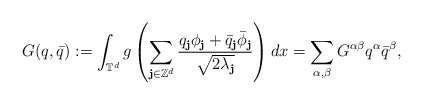
\begin{align*}G(q,\bar q):=\int_{\mathbb{T}^d}g\left(\sum_{\textbf{j}\in\mathbb{Z}^d}\frac{q_\textbf{j}\phi_\textbf{j}+\bar q_\textbf{j}\bar\phi_\textbf{j}}{\sqrt{2\lambda_\textbf{j}}}\right)dx=\sum_{\alpha,\beta}G^{\alpha\beta}q^{\alpha}\bar q^{\beta},\end{align*}